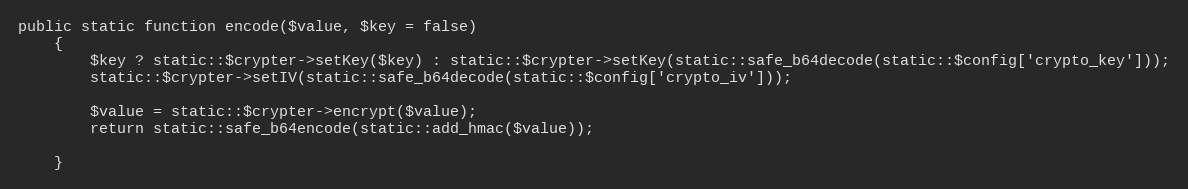
Language: PHP
public static function encode($value, $key = false)
	{
		$key ? static::$crypter->setKey($key) : static::$crypter->setKey(static::safe_b64decode(static::$config['crypto_key']));
		static::$crypter->setIV(static::safe_b64decode(static::$config['crypto_iv']));

		$value = static::$crypter->encrypt($value);
		return static::safe_b64encode(static::add_hmac($value));

	}